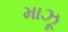
માઝૂ